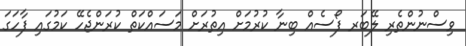
ވިސްނުންތެރި ލޭބަރ ފޯސެއް ބިނާ ކުރުމަށް އިތުރަށް މަސައްކަތް ކުރަންޖެހޭ ކަމުގައި ފާހަގަ